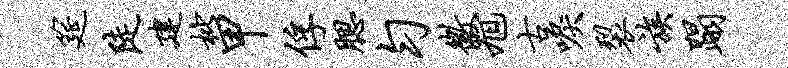
筵陡建枇甲俘腮匀徽旭古唳裂族蹋